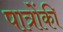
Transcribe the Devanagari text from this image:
पात्रोंकी